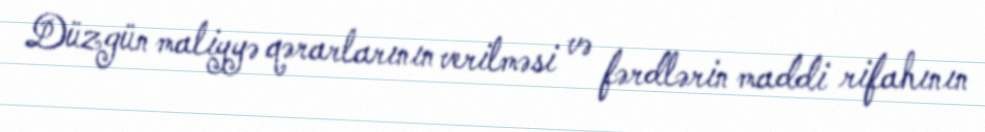
Düzgün maliyyə qərarlarının verilməsi və fərdlərin maddi rifahının